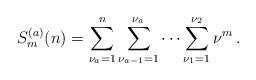
LaTeX: \begin{align*}S_m^{(a)}(n) &= \sum_{\nu_a=1}^{n} \sum_{\nu_{a-1}=1}^{\nu_a} \cdots \sum_{\nu_1=1}^{\nu_2} \nu^m\,.\end{align*}